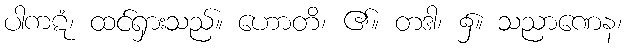
ပါကဋံ၊ ထင်ရှားသည်။ ဟောတိ၊ ၏။ တဒါ၊ ၌။ သညာဏေန၊